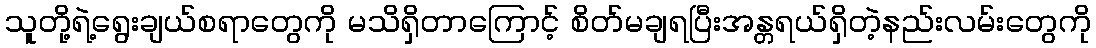
သူတို့ရဲ့ရွေးချယ်စရာတွေကို မသိရှိတာကြောင့် စိတ်မချရပြီးအန္တရယ်ရှိတဲ့နည်းလမ်းတွေကို